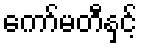
ကော်မတီနှင့်